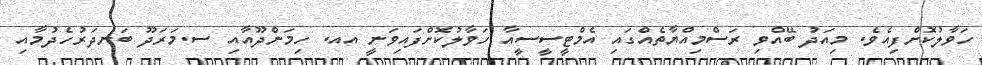
ހަވާލުކޮށްފިއެވެ. މިއަދު ބޭއްވި ރަސްމިއްޔާތެއްގައި އެމްޓީސީސީއާ ހަވާލުކޮށްފައިވަނީ އއ. ހިމަންދޫއާއި ސ.މަރަދޫ ބަނދަރުހެދުމާއި